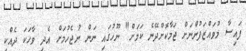
ފައިސާ މުވައްޒަފުންނަށް ޖަމާކޮށްދޭނެ ކަމަށް" ނޫހުގައި ނަން ނުޖެހުމަށް އެދި ވާހަކަ ދެއްކި